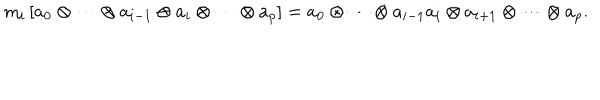
\mathrm { m } _ { i } \left[ a _ { 0 } \otimes \cdots \otimes a _ { i - 1 } \otimes a _ { i } \otimes \cdots \otimes a _ { p } \right] = a _ { 0 } \otimes \cdots \otimes a _ { i - 1 } a _ { i } \otimes a _ { i + 1 } \otimes \cdots \otimes a _ { p } .